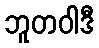
ဘူတဝါဒီ